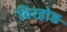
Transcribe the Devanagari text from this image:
बिरहोड़